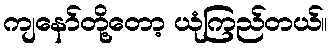
ကျနော်တို့တော့ ယုံကြည်တယ်။